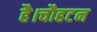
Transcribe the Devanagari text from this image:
है।चौहटन